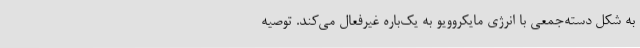
به شکل دسته‌جمعی با انرژی مایکروویو به یک‌باره غیرفعال می‌کند. توصیه